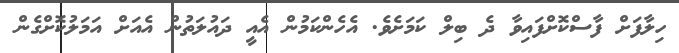
ހިލާފަށް ފާސްކޮށްފައިވާ ދެެ ބިލް ކަމަށެވެ. އެހެންކަމުންް އެއީ ދައުލަތުން އެއަށް އަމަަލުކޮށްގެން